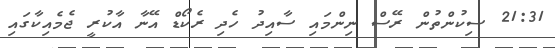
21:31 ސިކުންތުން ރޭސް ނިންމައި ސާއިދު ހެދި ރެކޯޑް އޭނާ އާކުރީ ޖެމެއިކާގައި